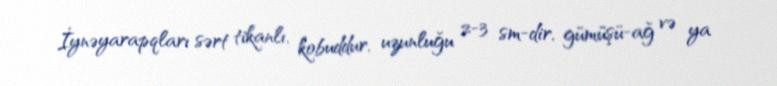
İynəyarapqları sərt tikanlı, kobuddur, uzunluğu 2-3 sm-dir, gümüşü-ağ və ya